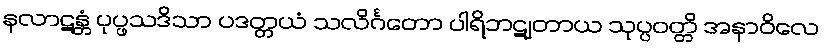
နလာဋန္တံ ပုပ္ဖသဒိသာ ပဒတ္တယံ သလိင်္ဂတော ပါရိဘဋျတာယ သုပ္ပဝတ္တိ အနာဝိလေ